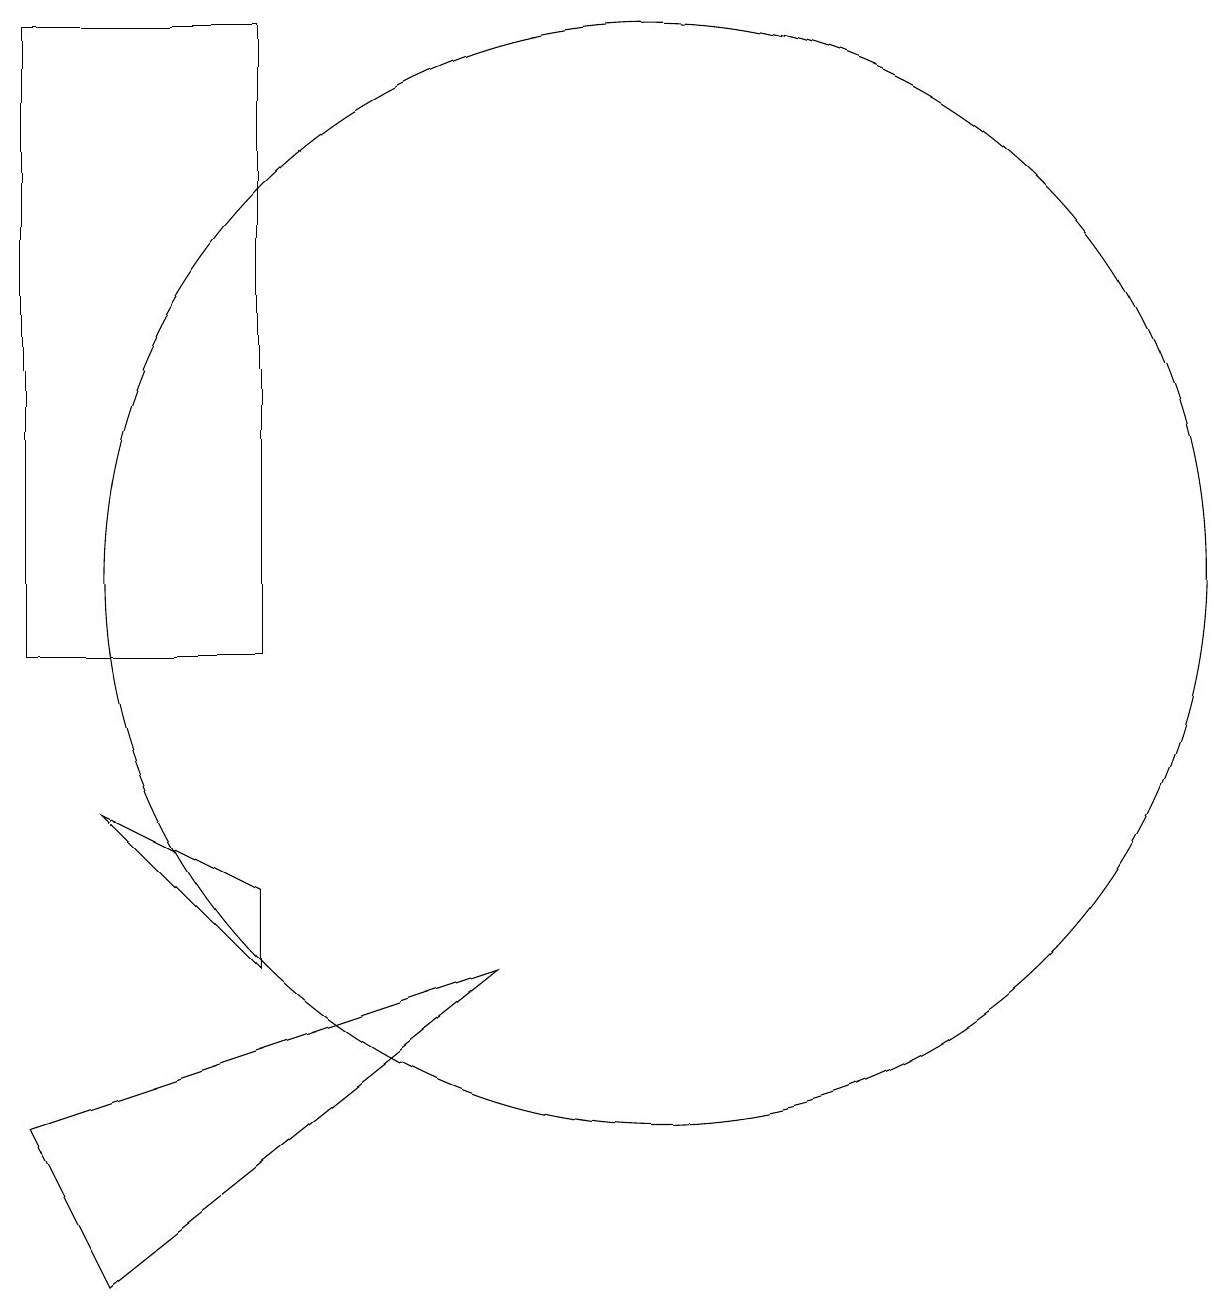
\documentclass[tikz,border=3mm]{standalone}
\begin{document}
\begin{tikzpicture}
\draw (5,10) rectangle (2,18);
\draw (10,11) circle (7);
\draw (3,2) -- (2,4) -- (8,6) -- cycle;
\draw (5,7) -- (5,6) -- (3,8) -- cycle;
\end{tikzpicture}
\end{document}